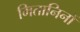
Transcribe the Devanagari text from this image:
मितानिनों